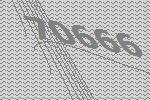
70666